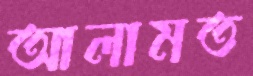
আলামত